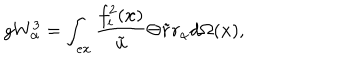
LaTeX: g W _ { \alpha } ^ { 3 } = \int _ { e x } \frac { f _ { i } ^ { 2 } ( \mathbf { x } ) } { \tilde { u } } \Theta \tilde { r } r _ { \alpha } d \Omega ( \mathbf { x } ) ,